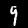
Digit: 9